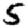
Digit: 5